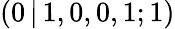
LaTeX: (0\, |\, 1,0,0,1;1)